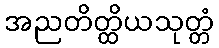
အညတိတ္ထိယသုတ္တံ